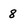
Character: 8